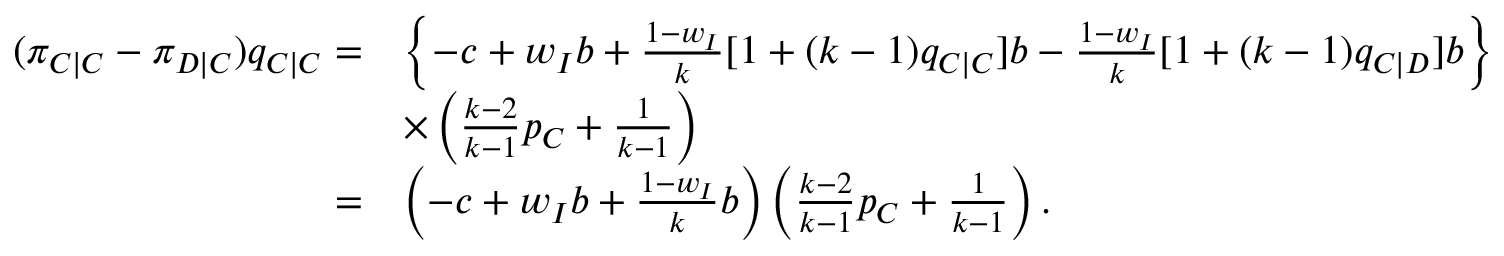
\begin{array} { r l } { ( \pi _ { C | C } - \pi _ { D | C } ) q _ { C | C } = } & { \left\{ - c + w _ { I } b + \frac { 1 - w _ { I } } { k } [ 1 + ( k - 1 ) q _ { C | C } ] b - \frac { 1 - w _ { I } } { k } [ 1 + ( k - 1 ) q _ { C | D } ] b \right\} } \\ & { \times \left( \frac { k - 2 } { k - 1 } p _ { C } + \frac { 1 } { k - 1 } \right) } \\ { = } & { \left( - c + w _ { I } b + \frac { 1 - w _ { I } } { k } b \right) \left( \frac { k - 2 } { k - 1 } p _ { C } + \frac { 1 } { k - 1 } \right) . } \end{array}